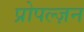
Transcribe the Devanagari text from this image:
प्रोपल्ज़न